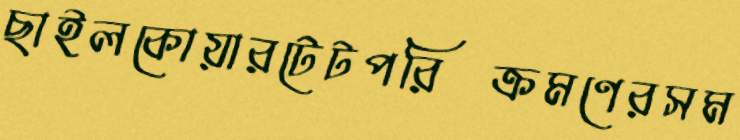
ছাইলকোয়ারটেটপরিক্রমণেরসম